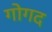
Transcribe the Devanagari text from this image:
गोगद